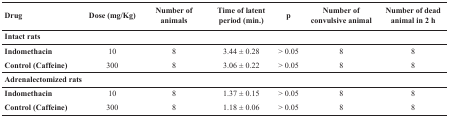
<table><thead><tr><td><b>Drug</b></td><td><b>Dose (mg/Kg)</b></td><td><b>Number of animals</b></td><td><b>Time of latent period (min.)</b></td><td><b>p</b></td><td><b>Number of convulsive animal</b></td><td><b>Number of dead animal in 2 h</b></td></tr></thead><tbody><tr><td colspan="7"><b>Intact rats</b></td></tr><tr><td><b>Indomethacin</b></td><td>10</td><td>8</td><td>3.44 ± 0.28</td><td>&gt; 0.05</td><td>8</td><td>8</td></tr><tr><td><b>Control (Caffeine)</b></td><td>300</td><td>8</td><td>3.06 ± 0.22</td><td>&gt; 0.05</td><td>8</td><td>8</td></tr><tr><td colspan="7"><b>Adrenalectomized rats</b></td></tr><tr><td><b>Indomethacin</b></td><td>10</td><td>8</td><td>1.37 ± 0.15</td><td>&gt; 0.05</td><td>8</td><td>8</td></tr><tr><td><b>Control (Caffeine)</b></td><td>300</td><td>8</td><td>1.18 ± 0.06</td><td>&gt; 0.05</td><td>8</td><td>8</td></tr></tbody></table>